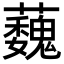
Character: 蘶